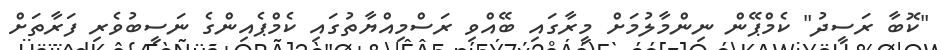
"ކޮބާ ރަސީދު" ކެމްޕޭން ނިންމާލުމަށް މީރާގައި ބޭއްވި ރަސްމިއްޔާތުގައި ކެމްޕެއިންގެ ނަސީބުވެރި ފަރާތަށް